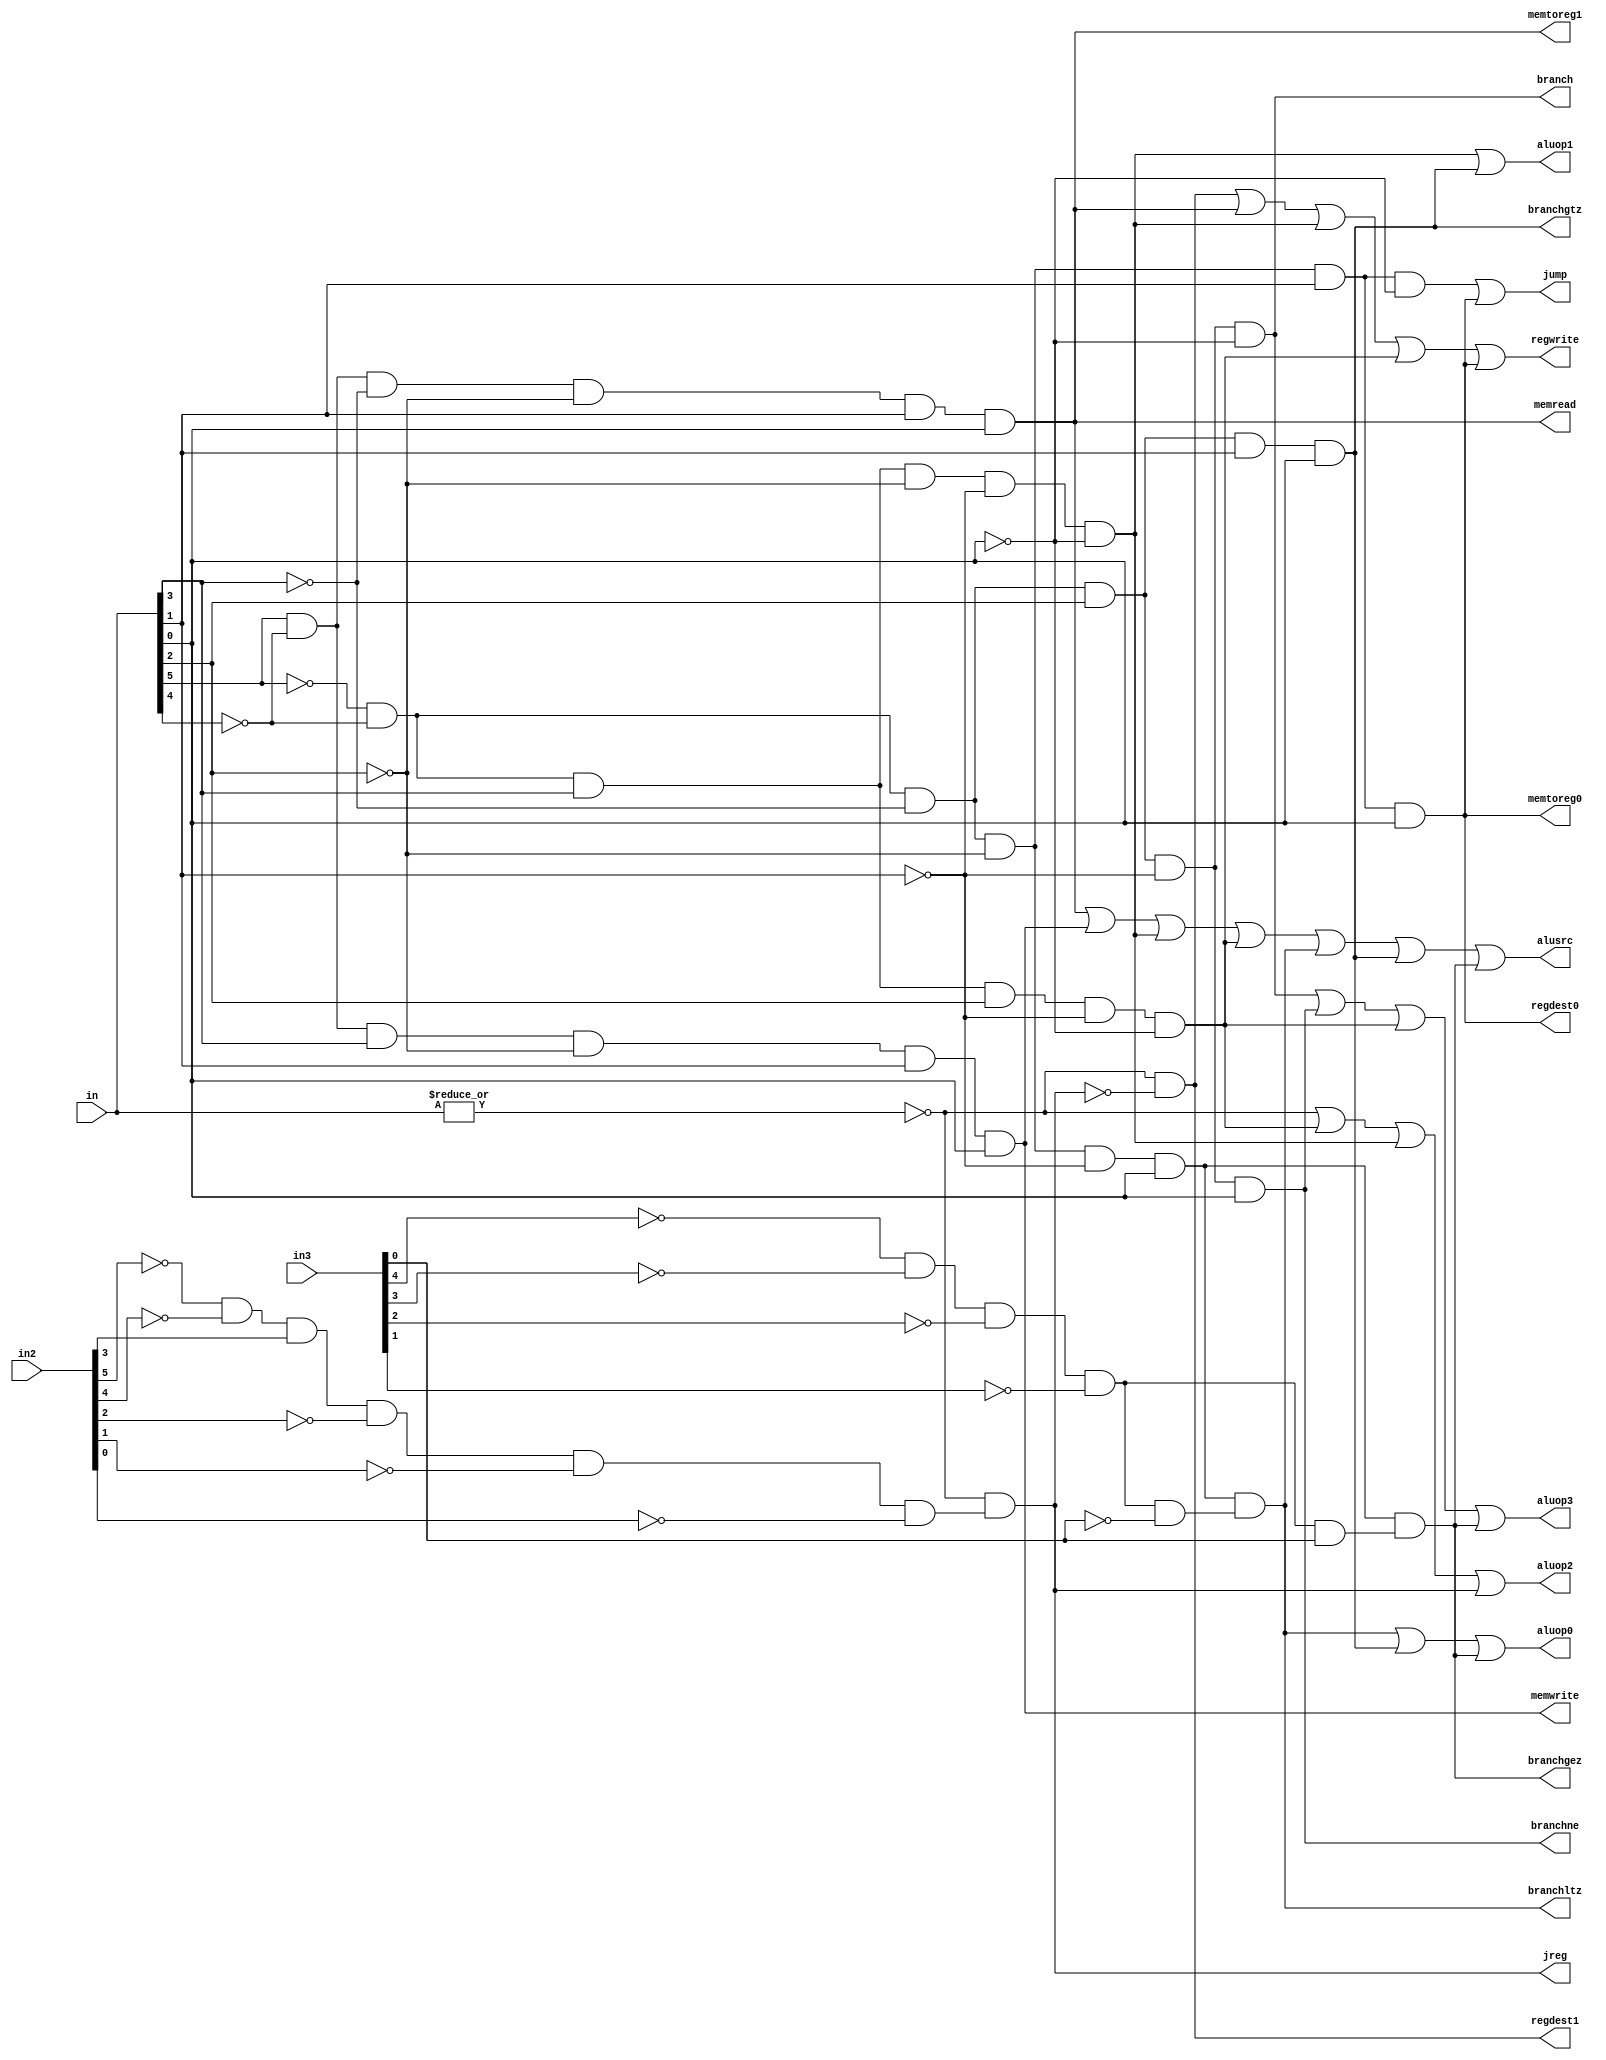
module control(in,in2,in3,regdest0,regdest1,jump,jreg,branchne,branchgtz,branchgez,branchltz,alusrc,memtoreg0,memtoreg1,regwrite,memread,memwrite,branch,aluop0,aluop1,aluop2,aluop3);
input [5:0] in,in2; // in2 instruction for jr control
input [4:0] in3; // in3 instruction for bgez and bltz rt control
output regdest0,regdest1,jump,jreg,branchne,branchgtz,branchgez,branchltz,alusrc,memtoreg0,memtoreg1,regwrite,memread,memwrite,branch,aluop0,aluop1,aluop2,aluop3;
wire rformat,lw,sw,beq,addi,andi,bne,j,jr,bgtz,bgez,bltz;
assign rformat=~|in;
assign addi=~in[5]& (~in[4])&(in[3])&(~in[2])&(~in[1])&(~in[0]);
assign andi=~in[5]& (~in[4])&(in[3])&(in[2])&(~in[1])&(~in[0]);
assign lw=in[5]& (~in[4])&(~in[3])&(~in[2])&in[1]&in[0];
assign sw=in[5]& (~in[4])&in[3]&(~in[2])&in[1]&in[0];
assign beq=~in[5]& (~in[4])&(~in[3])&in[2]&(~in[1])&(~in[0]);
assign bne=~in[5]& (~in[4])&(~in[3])&in[2]&(~in[1])&in[0];
assign bgtz=~in[5]& (~in[4])&(~in[3])&in[2]&in[1]&in[0];
assign bgez=((~in[5])&(~in[4])&(~in[3])&(~in[2])&(~in[1])&in[0])&((~in3[4])&(~in3[3])&(~in3[2])&(~in3[1])&in3[0]);
assign bltz=((~in[5])&(~in[4])&(~in[3])&(~in[2])&(~in[1])&in[0])&((~in3[4])&(~in3[3])&(~in3[2])&(~in3[1])&(~in3[0]));
assign j= ~in[5]& (~in[4])&(~in[3])&(~in[2])&in[1]&(~in[0]);
assign jr=(rformat & (~in2[5]& (~in2[4])&in2[3]&(~in2[2])&(~in2[1])&(~in2[0])));
assign jal = ~in[5]& (~in[4])&(~in[3])&(~in[2])&in[1]&in[0];
assign regdest0=jal;
assign regdest1=rformat&(~jr);
assign jump=j|jal;
assign jreg=jr;
assign memtoreg0 = jal;
assign memtoreg1=lw;
assign regwrite=(rformat&(~jr))|lw|addi|andi|jal;
assign memread=lw;
assign memwrite=sw;
assign branch=beq;
assign branchne=bne;
assign branchgtz=bgtz;
assign branchgez=bgez;
assign branchltz=bltz;
assign alusrc=lw|sw|addi|andi|bltz|bgtz|bgez;
assign aluop0=bltz|bgtz|bgez;
assign aluop1=addi|bgtz;
assign aluop2=rformat|andi|addi|jr;
assign aluop3=beq|bne|andi|bgez;
endmodule